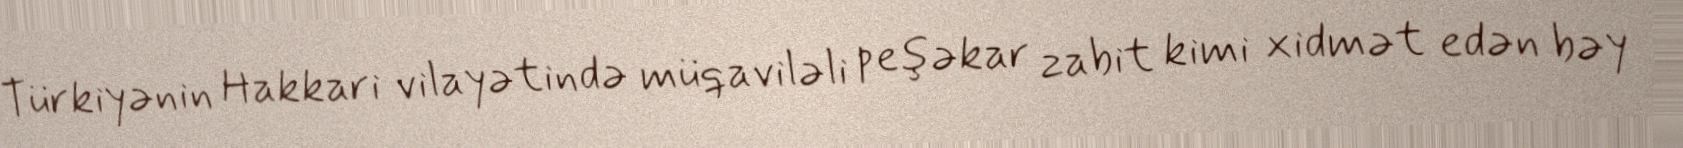
Türkiyənin Hakkari vilayətində müqaviləli peşəkar zabit kimi xidmət edən bəy